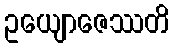
ဥယျောဇေဿတိ